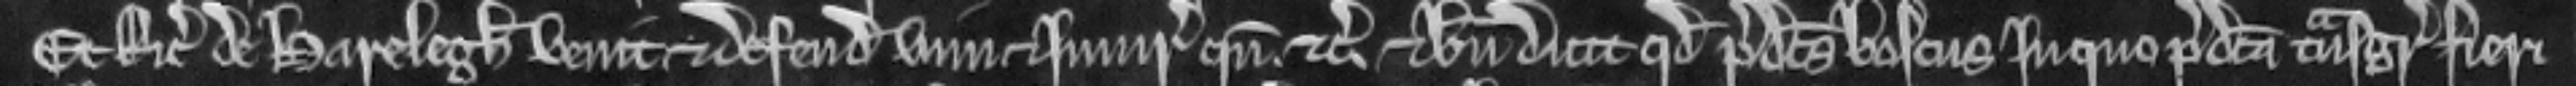
Et Ricardus de Harelegh venit et defendit vim et injuriam quando etc. Et bene dicit quod predictus boscus in quo predicta transgressio fieri